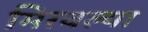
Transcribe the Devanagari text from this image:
मिरवल्या